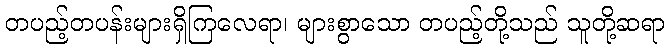
တပည့်တပန်းများရှိကြလေရာ၊ များစွာသော တပည့်တို့သည် သူတို့ဆရာ